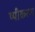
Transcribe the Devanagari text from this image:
ष्पीकरण